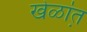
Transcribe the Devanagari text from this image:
खेळांत़